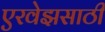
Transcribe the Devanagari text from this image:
एरवेझसाठी